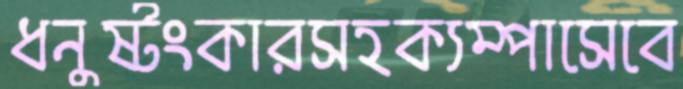
ধনুষ্টংকারসহক্যম্পাসেবে